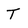
Character: T